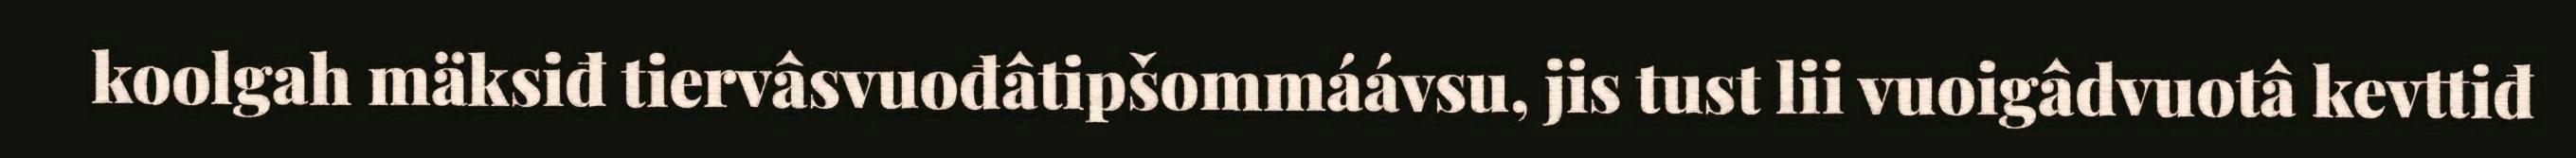
koolgah mäksiđ tiervâsvuođâtipšommáávsu, jis tust lii vuoigâdvuotâ kevttiđ